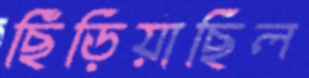
ছিঁড়িয়াছিল